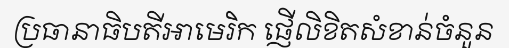
ប្រធានាធិបតីអាមេរិក ផ្ញើលិខិតសំខាន់ចំនួន